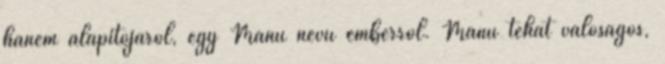
hanem alapítójáról, egy Manu nevű emberről. Manu tehát valóságos,